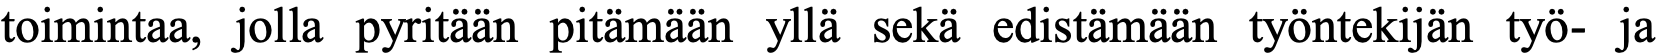
toimintaa, jolla pyritään pitämään yllä sekä edistämään työntekijän työ- ja